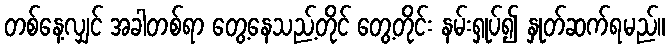
တစ်နေ့လျှင် အခါတစ်ရာ တွေ့နေသည့်တိုင် တွေ့တိုင်း နမ်းရှုပ်၍ နှုတ်ဆက်ရမည်။